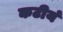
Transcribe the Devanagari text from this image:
कटीयं